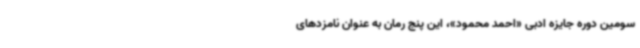
سومین دوره جایزه ادبی «احمد محمود»، این پنج رمان به عنوان نامزدهای